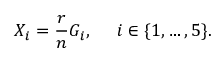
X _ { i } = \frac { r } { n } G _ { i } , \; \; \; \; \; i \in \{ 1 , \ldots , 5 \} .